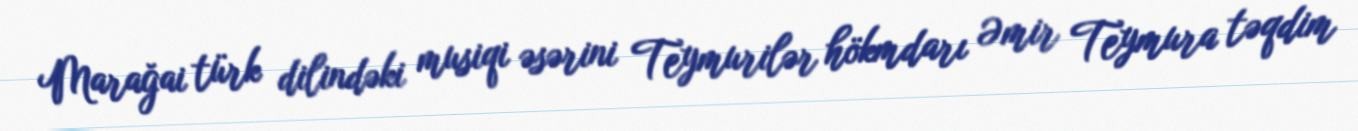
Marağai türk dilindəki musiqi əsərini Teymurilər hökmdarı Əmir Teymura təqdim